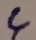
Text: 4